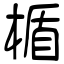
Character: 楯